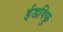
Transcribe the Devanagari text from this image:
ईडगिफु